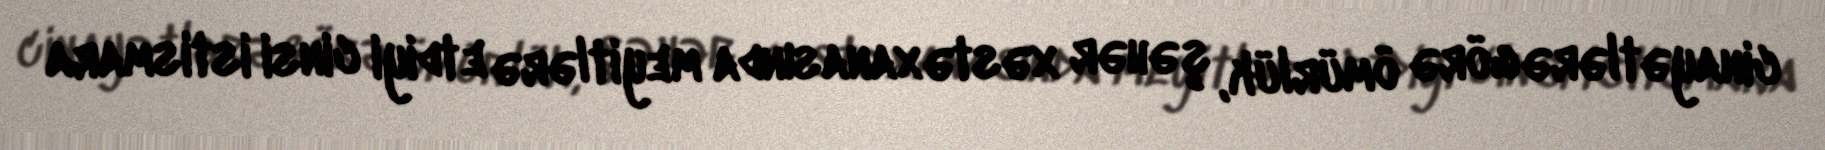
cinayətlərə görə ömürlük, şəhər xəstəxanasında meyitlərə etdiyi cinsi istismara